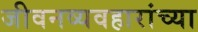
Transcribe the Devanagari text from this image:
जीवनव्यवहारांच्या